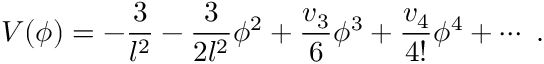
V ( \phi ) = - \frac 3 { l ^ { 2 } } - \frac 3 { 2 l ^ { 2 } } \phi ^ { 2 } + \frac { v _ { 3 } } { 6 } \phi ^ { 3 } + \frac { v _ { 4 } } { 4 ! } \phi ^ { 4 } + \cdots ~ .